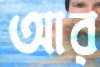
আর